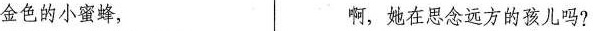
金色的小蜜蜂， 啊，她在思念远方的孩儿吗?